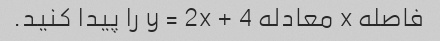
فاصله x معادله y = 2x + 4 را پیدا کنید.